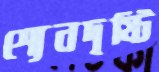
শ্যেনদৃষ্টি